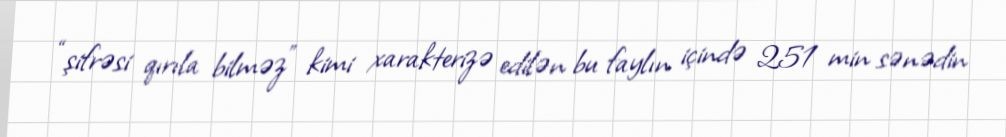
“şifrəsi qırıla bilməz” kimi xarakterizə edilən bu faylın içində 251 min sənədin